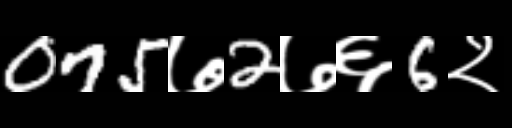
Text: 075७2७६6२